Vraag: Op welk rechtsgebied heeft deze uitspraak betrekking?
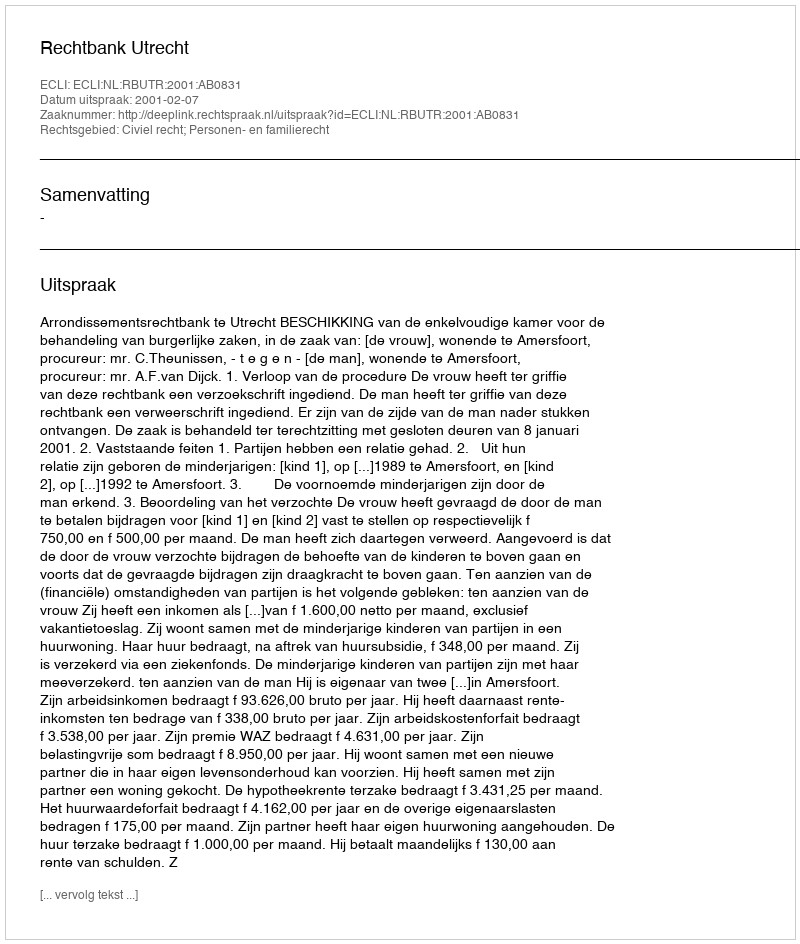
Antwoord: Civiel recht; Personen- en familierecht